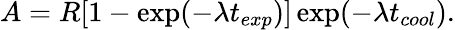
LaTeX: A=R[1-\exp(-\lambda t_{exp})]\exp(-\lambda t_{cool}).